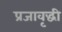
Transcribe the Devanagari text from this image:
प्रजावृद्धी